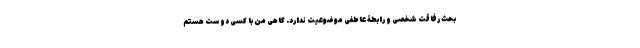
بحث رفاقت شخصی و رابطۀ عاطفی موضوعیت ندارد. گاهی من با کسی دوست هستم